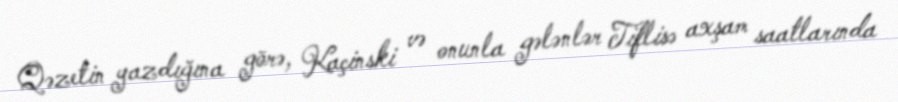
Qəzetin yazdığına görə, Kaçinski və onunla gələnlər Tiflisə axşam saatlarında